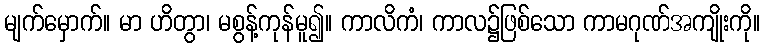
မျက်မှောက်။ မာ ဟိတွာ၊ မစွန့်ကုန်မူ၍။ ကာလိကံ၊ ကာလ၌ဖြစ်သော ကာမဂုဏ်အကျိုးကို။